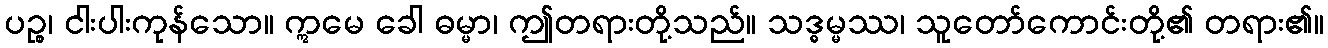
ပဉ္စ၊ ငါးပါးကုန်သော။ ဣမေ ခေါ ဓမ္မာ၊ ဤတရားတို့သည်။ သဒ္ဓမ္မဿ၊ သူတော်ကောင်းတို့၏ တရား၏။